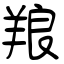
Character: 羪